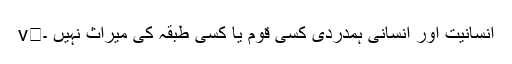
v	انسانیت اور انسانی ہمدردی کسی قوم یا کسی طبقہ کی میراث نہیں ۔